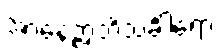
အာနေဉ္ဇာဘိသင်္ခါရော